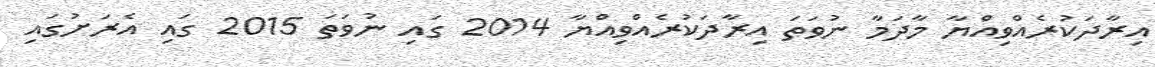
އިރާދަކުރެއްވިއްޔާ މާދަމާ ނުވަތަ އިރާދަކުރެއްވިއްޔާ 2014 ގައި ނުވަތަ 2015 ގައި އެރަށުގައި